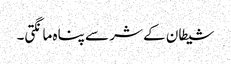
شیطان کے شر سے پناہ مانگتی۔